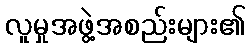
လူမှုအဖွဲ့အစည်းများ၏